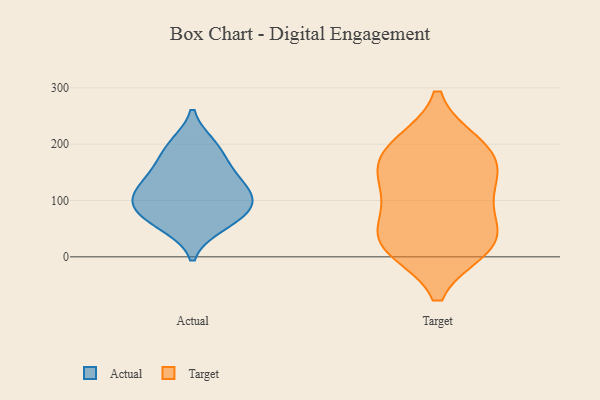
{"axis": {"x": "Customer Acquisition Cost (USD)", "y": "Value"}, "legend": ["Actual", "Target"], "data": [{"x": "", "y": 150, "type": "Actual"}, {"x": "", "y": 194, "type": "Actual"}, {"x": "", "y": 55, "type": "Actual"}, {"x": "", "y": 61, "type": "Actual"}, {"x": "", "y": 104, "type": "Actual"}, {"x": "", "y": 109, "type": "Actual"}, {"x": "", "y": 155, "type": "Actual"}, {"x": "", "y": 199, "type": "Actual"}, {"x": "", "y": 77, "type": "Actual"}, {"x": "", "y": 103, "type": "Actual"}, {"x": "", "y": 89, "type": "Actual"}, {"x": "", "y": 130, "type": "Actual"}, {"x": "", "y": 16, "type": "Target"}, {"x": "", "y": 196, "type": "Target"}, {"x": "", "y": 133, "type": "Target"}, {"x": "", "y": 20, "type": "Target"}, {"x": "", "y": 130, "type": "Target"}, {"x": "", "y": 200, "type": "Target"}, {"x": "", "y": 159, "type": "Target"}, {"x": "", "y": 91, "type": "Target"}, {"x": "", "y": 62, "type": "Target"}, {"x": "", "y": 24, "type": "Target"}, {"x": "", "y": 26, "type": "Target"}, {"x": "", "y": 183, "type": "Target"}]}